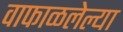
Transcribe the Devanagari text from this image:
वाफाळलेल्या